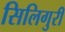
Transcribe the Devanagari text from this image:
सिलिगुरी